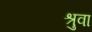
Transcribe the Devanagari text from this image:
श्रुवा